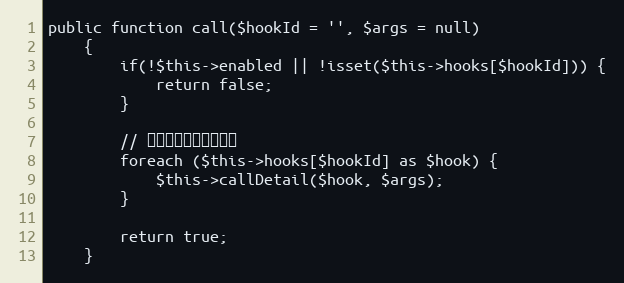
Language: PHP
public function call($hookId = '', $args = null)
    {
        if(!$this->enabled || !isset($this->hooks[$hookId])) {
            return false;
        }

        // 执行钩子列表中的钩子
        foreach ($this->hooks[$hookId] as $hook) {
            $this->callDetail($hook, $args);
        }

        return true;
    }